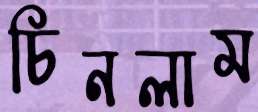
চিনলাম